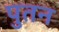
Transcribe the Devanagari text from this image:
पुतन